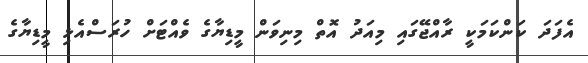
އެފަދަ ކަންކަމަކީ ރާއްޖޭގައި މިއަދު އޮތް މިނިވަން މީޑިޔާގެ ވެއްޓަށް ހުރަސްއެޅި މީޑިޔާގެ